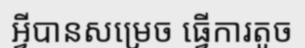
អ្វីបានសម្រេច ធ្វើការតូច